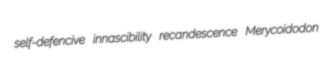
self-defencive innascibility recandescence Merycoidodon